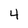
Character: 4